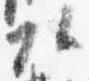
頭